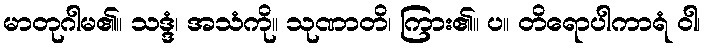
မာတုဂါမ၏။ သဒ္ဒံ၊ အသံကို။ သုဏာတိ၊ ကြား၏။ ပ။ တိရောပါကာရံ ဝါ၊